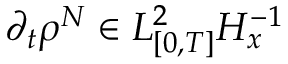
\partial _ { t } \rho ^ { N } \in L _ { [ 0 , T ] } ^ { 2 } H _ { x } ^ { - 1 }